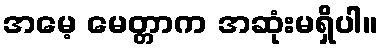
အမေ့ မေတ္တာက အဆုံးမရှိပါ။